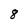
Character: 8